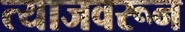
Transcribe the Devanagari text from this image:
त्याजवरून